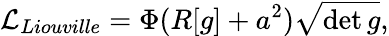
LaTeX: {\cal L}_{Liouville}=\Phi(R[g]+a^{2})\sqrt{\operatorname*{det}g},